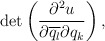
\begin{align*} \begin{aligned} \det\left(\frac{\partial^2 u}{\partial \overline{q_l}\partial {q_k}} \right), \end{aligned} \end{align*}